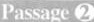
Passage 2